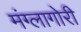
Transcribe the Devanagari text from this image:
मंग्लागोरी